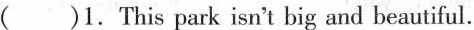
( )1. This park isn't big and beautiful.